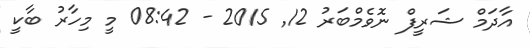
އާދަމް ޝަރީފް ނޮވެމްބަރު 12